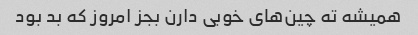
همیشه ته چین‌های خوبی دارن بجز امروز که بد بود